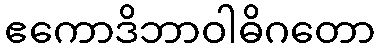
ဧကောဒိဘာဝါဓိဂတော